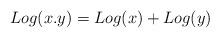
LaTeX: \begin{align*}Log(x.y)=Log(x)+Log(y)\end{align*}